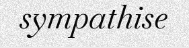
sympathise